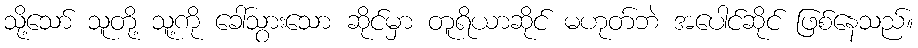
သို့သော် သူတို့ သူ့ကို ခေါ်သွားသော ဆိုင်မှာ တူရိယာဆိုင် မဟုတ်ဘဲ အပေါင်ဆိုင် ဖြစ်နေသည်။